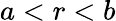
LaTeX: a<r<b